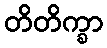
တိတိက္ခာ